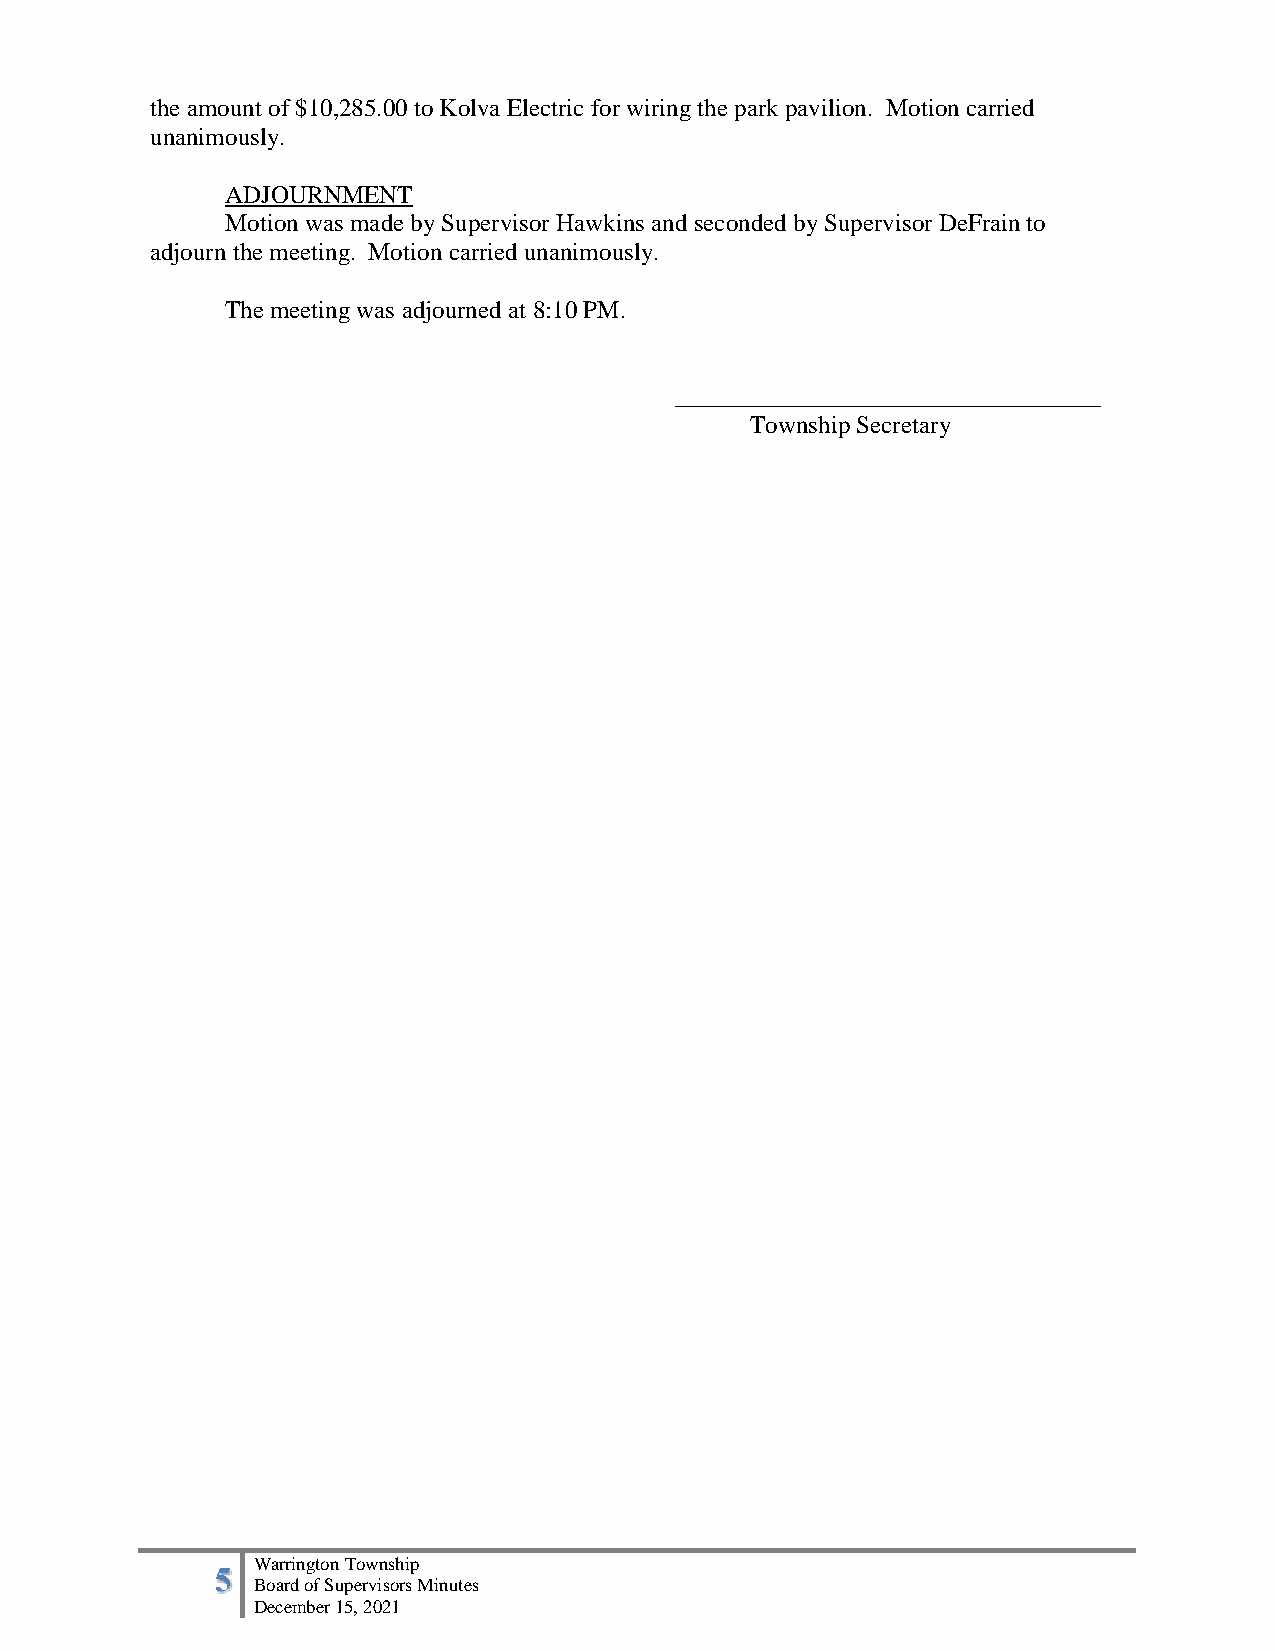
the amount of $10,285.00 to Kolva Electric for wiring the park pavilion. Motion carried
 unanimously.
 ADJOURNMENT
 Motion was made by Supervisor Hawkins and seconded by Supervisor DeFrain to
 adjourn the meeting. Motion carried unanimously.
 The meeting was adjourned at 8:10 PM.
 __________________________________
 Township Secretary
 5  Warrington Township
 Board of Supervisors Minutes
 December 15, 2021